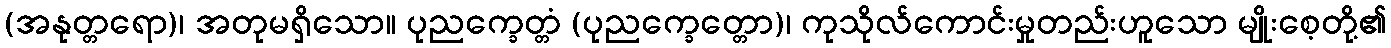
(အနုတ္တရော)၊ အတုမရှိသော။ ပုညက္ခေတ္တံ (ပုညက္ခေတ္တော)၊ ကုသိုလ်ကောင်းမှုတည်းဟူသော မျိုးစေ့တို့၏